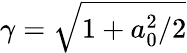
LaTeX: \gamma=\sqrt{1+a_{0}^{2}/2}